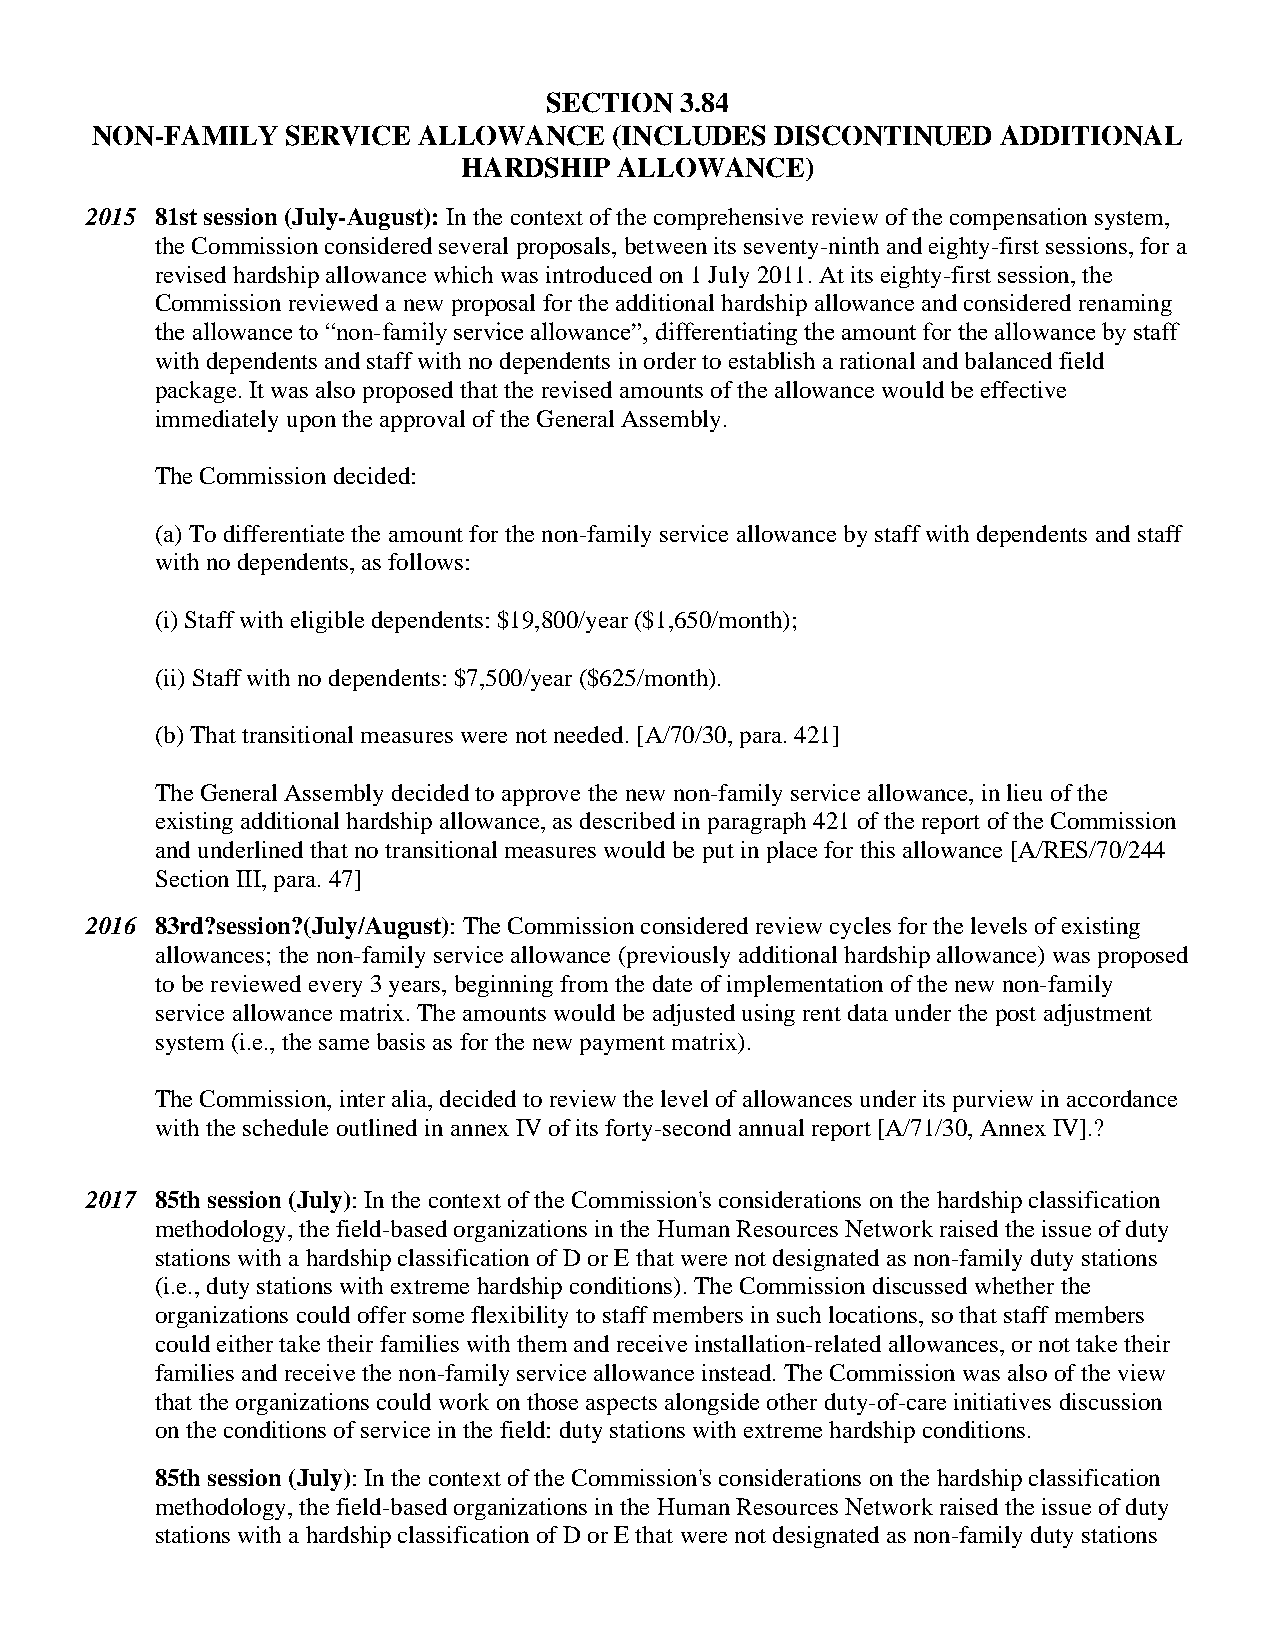
SECTION  3.84
 NON-FAMILY   SERVICE  ALLOWANCE    (INCLUDES DISCONTINUED   ADDITIONAL
 HARDSHIP  ALLOWANCE)
 2015 81st session (July-August): In the context of the comprehensive review of the compensation system,
 the Commission considered several proposals, between its seventy-ninth and eighty-first sessions, for a
 revised hardship allowance which was introduced on 1 July 2011. At its eighty-first session, the
 Commission reviewed a new proposal for the additional hardship allowance and considered renaming
 the allowance to “non-family service allowance”, differentiating the amount for the allowance by staff
 with dependents and staff with no dependents in order to establish a rational and balanced field
 package. It was also proposed that the revised amounts of the allowance would be effective
 immediately upon the approval of the General Assembly.
 The Commission decided:
 (a) To differentiate the amount for the non-family service allowance by staff with dependents and staff
 with no dependents, as follows:
 (i) Staff with eligible dependents: $19,800/year ($1,650/month);
 (ii) Staff with no dependents: $7,500/year ($625/month).
 (b) That transitional measures were not needed. [A/70/30, para. 421]
 The General Assembly decided to approve the new non-family service allowance, in lieu of the
 existing additional hardship allowance, as described in paragraph 421 of the report of the Commission
 and underlined that no transitional measures would be put in place for this allowance [A/RES/70/244
 Section III, para. 47]
 2016 83rd?session?(July/August): The Commission considered review cycles for the levels of existing
 allowances; the non-family service allowance (previously additional hardship allowance) was proposed
 to be reviewed every 3 years, beginning from the date of implementation of the new non-family
 service allowance matrix. The amounts would be adjusted using rent data under the post adjustment
 system (i.e., the same basis as for the new payment matrix).
 The Commission, inter alia, decided to review the level of allowances under its purview in accordance
 with the schedule outlined in annex IV of its forty-second annual report [A/71/30, Annex IV].?
 2017 85th session (July): In the context of the Commission's considerations on the hardship classification
 methodology, the field-based organizations in the Human Resources Network raised the issue of duty
 stations with a hardship classification of D or E that were not designated as non-family duty stations
 (i.e., duty stations with extreme hardship conditions). The Commission discussed whether the
 organizations could offer some flexibility to staff members in such locations, so that staff members
 could either take their families with them and receive installation-related allowances, or not take their
 families and receive the non-family service allowance instead. The Commission was also of the view
 that the organizations could work on those aspects alongside other duty-of-care initiatives discussion
 on the conditions of service in the field: duty stations with extreme hardship conditions.
 85th session (July): In the context of the Commission's considerations on the hardship classification
 methodology, the field-based organizations in the Human Resources Network raised the issue of duty
 stations with a hardship classification of D or E that were not designated as non-family duty stations